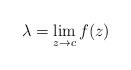
LaTeX: \begin{align*}\lambda=\lim_{z\to c}f(z)\end{align*}